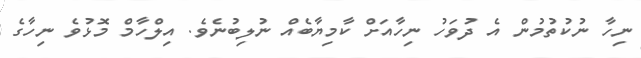
ނިހާ ނުކުތުމުން އެ ދުވަހު ނިހާއަށް ކާމިޔާބެއް ނުލިބުނެވެ. އިލްހާމް މޮޅުވެ ނިހާގެ